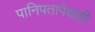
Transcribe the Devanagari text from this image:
पानिपतापेक्षाही